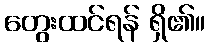
တွေးထင်ရန် ရှိ၏။